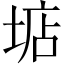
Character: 𡌽